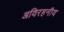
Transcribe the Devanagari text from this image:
अविरहनीय